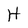
Character: H